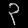
Digit: ၃